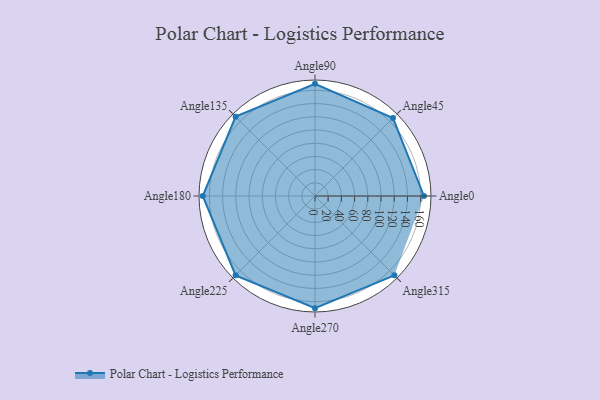
{"axis": {"x": "Angle", "y": "Radius"}, "legend": [""], "data": [{"x": "Angle0", "y": 165.0, "type": ""}, {"x": "Angle45", "y": 167.0, "type": ""}, {"x": "Angle90", "y": 170, "type": ""}, {"x": "Angle135", "y": 170, "type": ""}, {"x": "Angle180", "y": 170, "type": ""}, {"x": "Angle225", "y": 170, "type": ""}, {"x": "Angle270", "y": 170, "type": ""}, {"x": "Angle315", "y": 170, "type": ""}]}